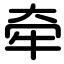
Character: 牵